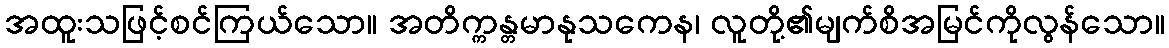
အထူးသဖြင့်စင်ကြယ်သော။ အတိက္ကန္တမာနုသကေန၊ လူတို့၏မျက်စိအမြင်ကိုလွန်သော။